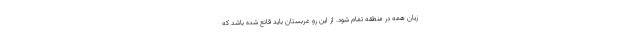
زیان همه در منطقه تمام شود. از این رو عربستان باید قانع شده باشد که